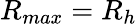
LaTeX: R_{max}=R_{h}